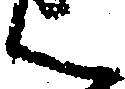
ん